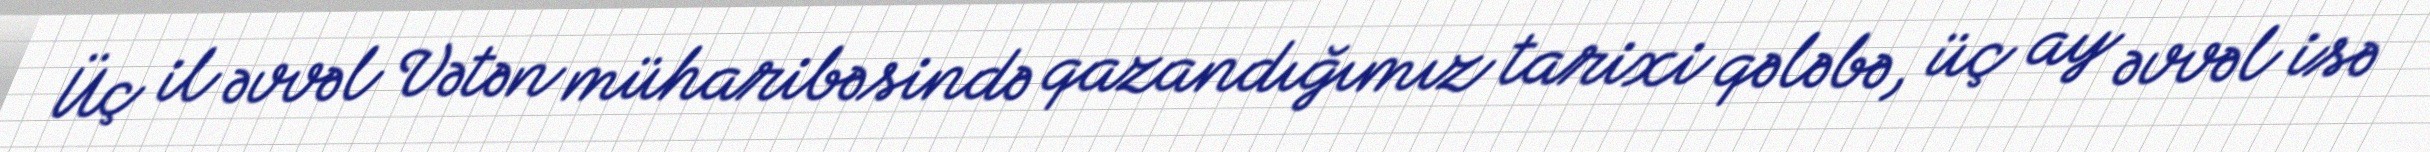
Üç il əvvəl Vətən müharibəsində qazandığımız tarixi qələbə, üç ay əvvəl isə